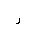
Letter: _ra